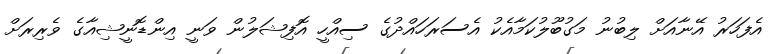
އެފަހަރު އޭނާއަށް ލިބުނު މަގުބޫލުކަމާއެކު އެސަރަހައްދުގެ ސިއްހީ އޮފިޝަލުން ވަނީ އިންޑޮނީޝިއާގެ ވެރިރަށް